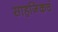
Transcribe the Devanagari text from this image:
साहजिकचं